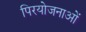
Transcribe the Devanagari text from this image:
पिरयोजनाओं